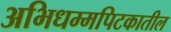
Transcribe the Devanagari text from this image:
अभिधम्मपिटकातील